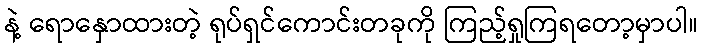
နဲ့ ရောနှောထားတဲ့ ရုပ်ရှင်ကောင်းတခုကို ကြည့်ရှုကြရတော့မှာပါ။